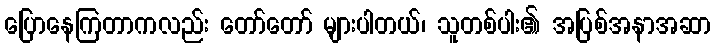
ပြောနေကြတာကလည်း တော်တော် များပါတယ်၊ သူတစ်ပါး၏ အပြစ်အနာအဆာ